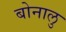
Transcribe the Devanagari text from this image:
बोनालु